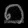
Digit: ၈